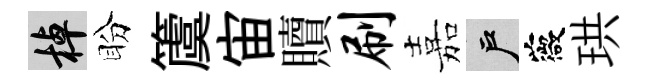
棹盼𥵂宙贖刷嘉户薇珙